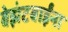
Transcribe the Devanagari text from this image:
बेझंटबाईंना